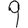
Digit: 9